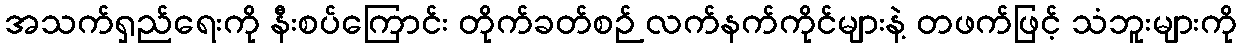
အသက်ရှည်ရေးကို နီးစပ်ကြောင်း တိုက်ခတ်စဉ် လက်နက်ကိုင်များနဲ့ တဖက်ဖြင့် သံဘူးများကို